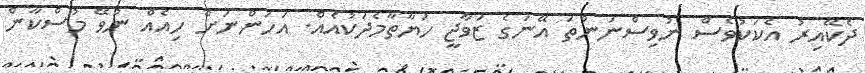
ދެކޭއިރު އެކަކުވެސް ނުވިސްނަންތަ އޭނަގެ ޒަވާޖީ ހަޔާތާމެދަކުއެއް. އަހަންނަށް ހިއެއް ނުވޭ މުސްކާން